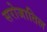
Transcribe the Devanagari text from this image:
सरोजातिल